Scottish Leaving Certificate Examination, 1952
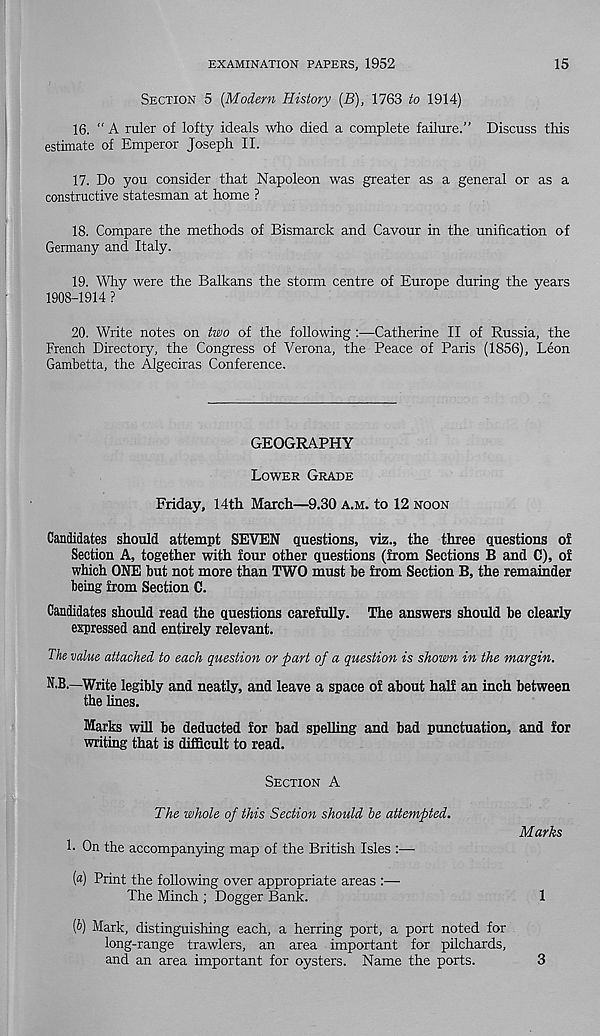
EXAMINATION PAPERS, 1952
15
SECTION 5 [Modern History (B), 1763 to 1914)
16. “ A ruler of lofty ideals who died a complete failure.” Discuss this
estimate of Emperor Joseph II.
17. Do you consider that Napoleon was greater as a general or as a
constructive statesman at home ?
18. Compare the methods of Bismarck and Cavour in the unification of
Germany and Italy.
19. Why were the Balkans the storm centre of Europe during the years
1908-1914 ?
20. Write notes on two of the following :—Catherine II of Russia, the
French Directory, the Congress of Verona, the Peace of Paris (1856), Leon
Gambetta, the Algeciras Conference.
GEOGRAPHY
LOWER GRADE
Friday, 14th March—9.30 A.M. to 12 NOON
Candidates should attempt SEVEN questions, viz., the three questions of
Section A, together with four other questions (from Sections B and C), of
which ONE but not more than TWO must be from Section B, the remainder
being from Section C.
Candidates should read the questions carefully. The answers should be clearly
expressed and entirely relevant.
Th value attached to each question or part of a question is shown in the margin.
N.B.—Write legibly and neatly, and leave a space of about half an inch between
the lines.
Marks will be deducted for bad spelling and bad punctuation, and for
writing that is difficult to read.
SECTION A
The whole of this Section should be attempted.
1- On the accompanying map of the British Isles
(a) Print the following over appropriate areas
The Minch ; Dogger Bank.
Marks
1
(6) Mark, distinguishing each, a herring port, a port noted for
long-range trawlers, an area important for pilchards,
and an area important for oysters. Name the ports.
3